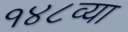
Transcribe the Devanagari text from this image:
१४८व्या